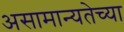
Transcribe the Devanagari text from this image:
असामान्यतेच्या